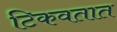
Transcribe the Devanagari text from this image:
टिकवतात